Sleeping sickness
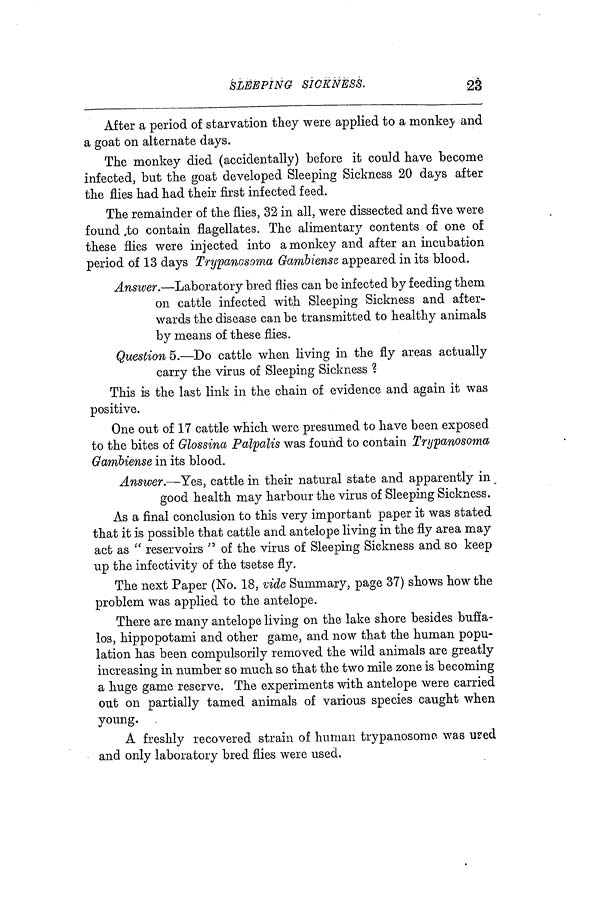
SLEEPING SICKNESS.
23
After a period of starvation they were applied to a monkey and
a goat on alternate days.
The monkey died (accidentally) before it could have become
infected, but the goat developed Sleeping Sickness 20 days after
the flies had had their first infected feed.
The remainder of the flies, 32 in all, were dissected and five were
found to contain flagellates. The alimentary contents of one of
these flies were injected into a monkey and after an incubation
period of 13 days Trypanosoma Gambiense appeared in its blood.
Answer.—Laboratory bred flies can be infected by feeding them
on cattle infected with Sleeping Sickness and after-
wards the disease can be transmitted to healthy animals
by means of these flies.
Question 5.—Do cattle when living in the fly areas actually
carry the virus of Sleeping Sickness ?
This is the last link in the chain of evidence and again it was
positive.
One out of 17 cattle which were presumed to have been exposed
to the bites of Glossina Palpalis was found to contain Trypanosoma
Gambiense in its blood.
Answer.—Yes, cattle in their natural state and apparently in
good health may harbour the virus of Sleeping Sickness.
As a final conclusion to this very important paper it was stated
that it is possible that cattle and antelope living in the fly area may
act as " reservoirs " of the virus of Sleeping Sickness and so keep
up the infectivity of the tsetse fly.
The next Paper (No. 18, vide Summary, page 37) shows how the
problem was applied to the antelope.
There are many antelope living on the lake shore besides bufia-
los, hippopotami and other game, and now that the human popu-
lation has been compulsorily removed the wild animals are greatly
increasing in number so much so that the two mile zone is becoming
a huge game reserve. The experiments with antelope were carried
out on partially tamed animals of various species caught when
young.
A freshly recovered strain of human trypanosome was used
and only laboratory bred flies were used.